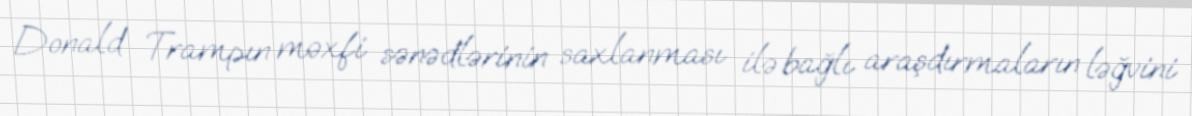
Donald Trampın məxfi sənədlərinin saxlanması ilə bağlı araşdırmaların ləğvini